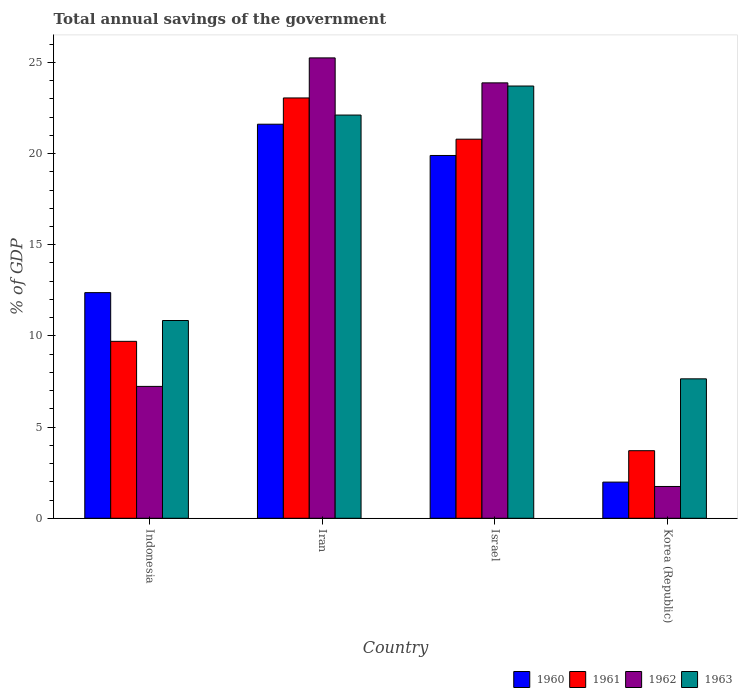
| Country | 1960 | 1961 | 1962 | 1963 |
 | --- | --- | --- | --- | --- |
 | Indonesia | 12.4 | 9.7 | 7.23 | 10.8 |
 | Iran | 21.6 | 23.1 | 25.2 | 22.1 |
 | Israel | 19.9 | 20.8 | 23.9 | 23.7 |
 | Korea (Republic) | 1.98 | 3.71 | 1.74 | 7.65 |